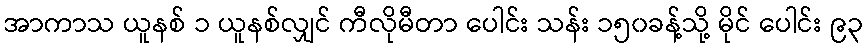
အာကာသ ယူနစ် ၁ ယူနစ်လျှင် ကီလိုမီတာ ပေါင်း သန်း ၁၅၀ခန့်သို့ မိုင် ပေါင်း ၉၃